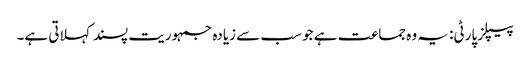
پیپلز پارٹی: یہ وہ جماعت ہے جو سب سے زیادہ جمہوریت پسند کہلاتی ہے۔